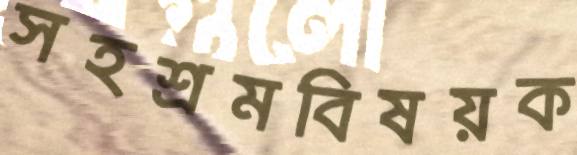
সহশ্রমবিষয়ক